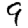
Digit: 9